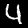
Label: 4